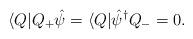
LaTeX: \begin{align*}\langle Q|Q_{+}\hat{\psi }=\langle Q|\hat{\psi }^{\dagger }Q_{-}=0.\end{align*}